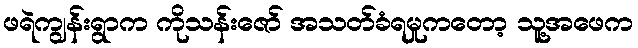
ဖရဲကျွန်းရွာက ကိုသန်းဇော် အသတ်ခံရမှုကတော့ သူ့အဖေက